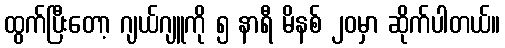
ထွက်ပြီးတော့ ဂျယ်ဂျူကို ၅ နာရီ မိနစ် ၂၀မှာ ဆိုက်ပါတယ်။